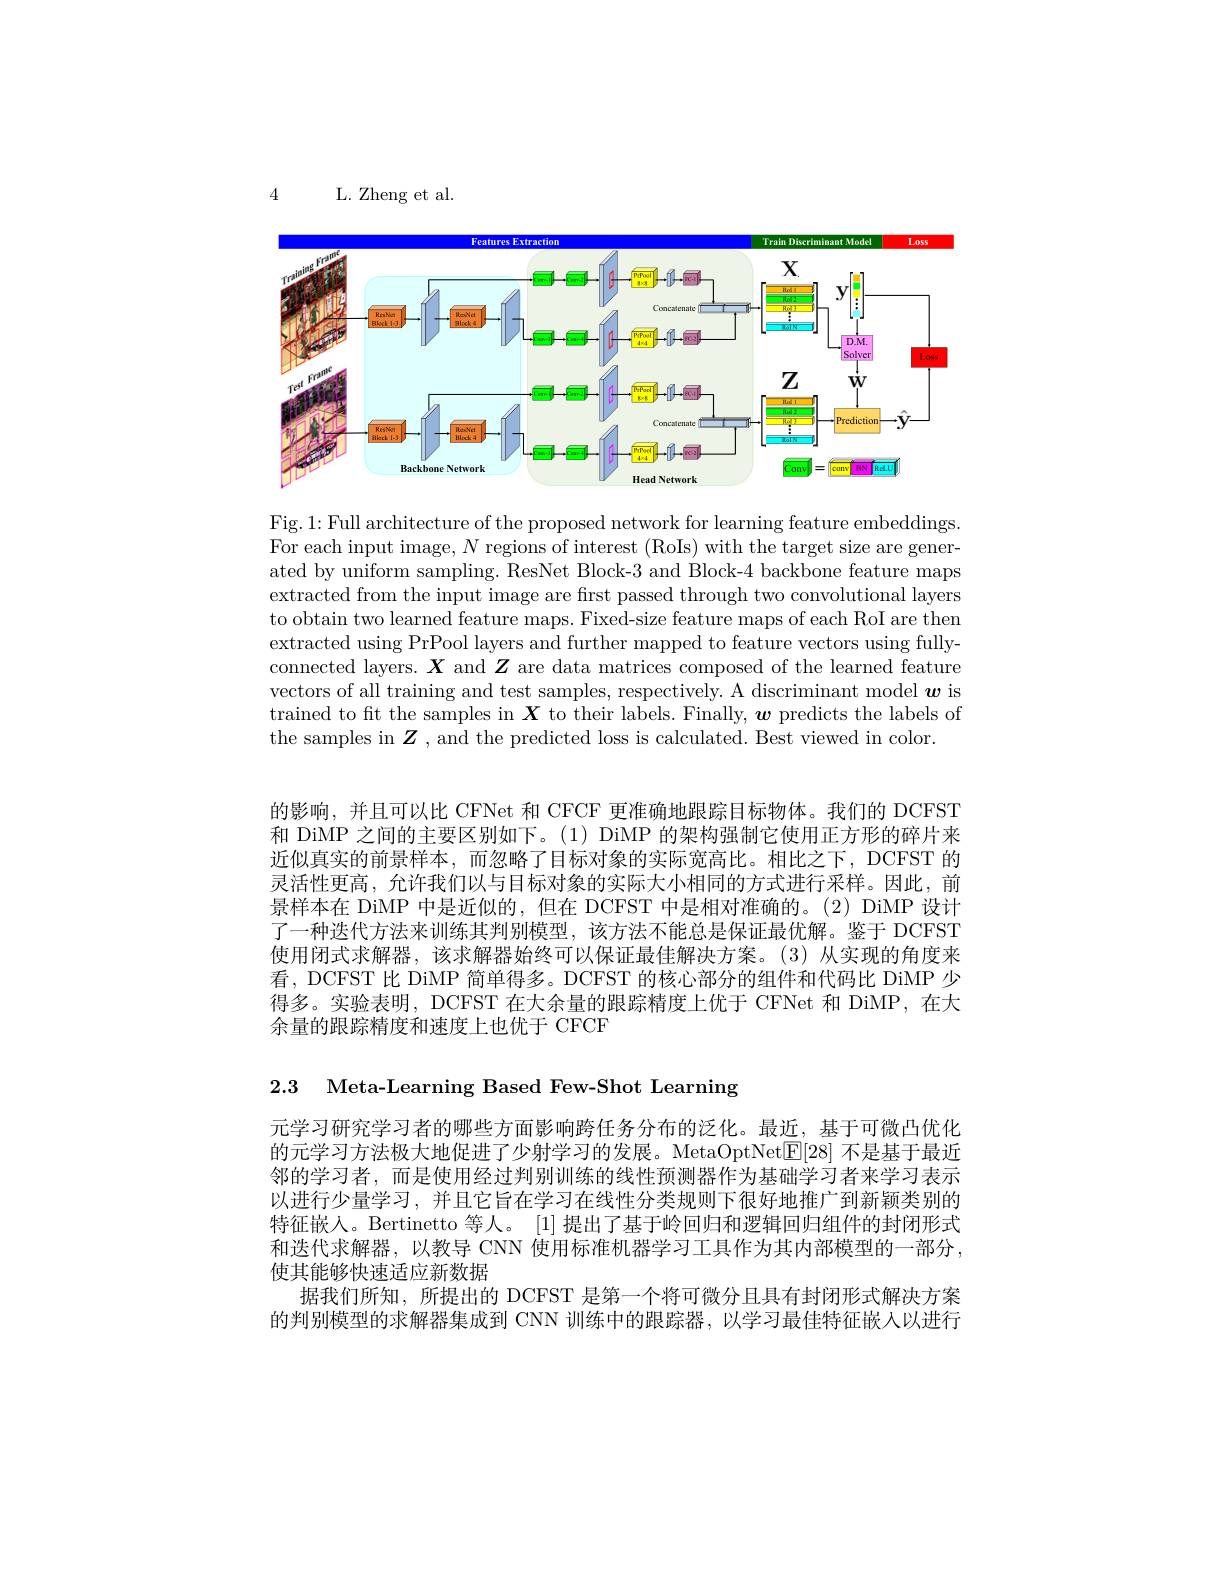
4

L. Zheng et al.

<FigureHere>

Fig. 1: Full architecture of the proposed network for learning feature embeddings. For each input image, $N$ regions of interest (RoIs) with the target size are generated by uniform sampling. ResNet Block-3 and Block-4 backbone feature maps extracted from the input image are first passed through two convolutional layers to obtain two learned feature maps. Fixed-size feature maps of each RoI are then extracted using PrPool layers and further mapped to feature vectors using fullyconnected layers. $\boldsymbol{X}$ and $\boldsymbol{Z}$ are data matrices composed of the learned feature vectors of all training and test samples, respectively. A discriminant model $\boldsymbol w$ is trained to ft the samples in $\boldsymbol{X}$ to their labels. Finally, $\boldsymbol{w}$ predicts the labels of the samples in $\boldsymbol{Z}$ , and the predicted loss is calculated. Best viewed in color.

的影响，并且可以比 CFNet 和 CFCF 更准确地跟踪目标物体。我们的 DCFST 和 DiMP 之间的主要区别如下。(1) DiMP 的架构强制它使用正方形的碎片来近似真实的前景样本，而忽略了目标对象的实际宽高比。相比之下，DCFST 的灵活性更高，允许我们以与目标对象的实际大小相同的方式进行采样。因此，前景样本在 DiMP 中是近似的，但在 DCFST 中是相对准确的。(2) DiMP 设计了一种迭代方法来训练其判别模型，该方法不能总是保证最优解。鉴于 DCFST 使用闭式求解器，该求解器始终可以保证最佳解决方案。(3)从实现的角度来看，DCFST 比 DiMP 简单得多。DCFST 的核心部分的组件和代码比 DiMP 少得多。实验表明，DCFST 在大余量的跟踪精度上优于 CFNet 和 DiMP,在大余量的跟踪精度和速度上也优于 CFCF

2.3 Meta-Learning Based Few-Shot Learning

元学习研究学习者的哪些方面影响跨任务分布的泛化。最近，基于可微凸优化的元学习方法极大地促进了少射学习的发展。MetaOptNet$\mathbb{E}[28]$不是基于最近邻的学习者，而是使用经过判别训练的线性预测器作为基础学习者来学习表示以进行少量学习，并且它旨在学习在线性分类规则下很好地推广到新颖类别的特征嵌人。Bertinetto 等人。[1] 提出了基于岭回归和逻辑回归组件的封闭形式和迭代求解器，以教导 CNN 使用标准机器学习工具作为其内部模型的一部分， 使其能够快速适应新数据
据我们所知，所提出的 DCFST 是第一个将可微分且具有封闭形式解决方案的判别模型的求解器集成到 CNN 训练中的跟踪器，以学习最佳特征嵌人以进行